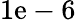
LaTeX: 1\mathrm{e}-6